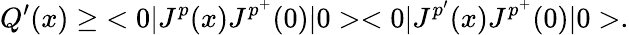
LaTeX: Q^{\prime}(x)\geq\; <0|J^{p}(x)J^{p^{+}}(0)|0><0|J^{p^{\prime}}(x)J^{p^{+}}(0)|0>.